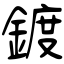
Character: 鍍